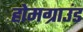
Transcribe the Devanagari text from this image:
होमग्राउंड